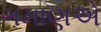
ગમાણએ